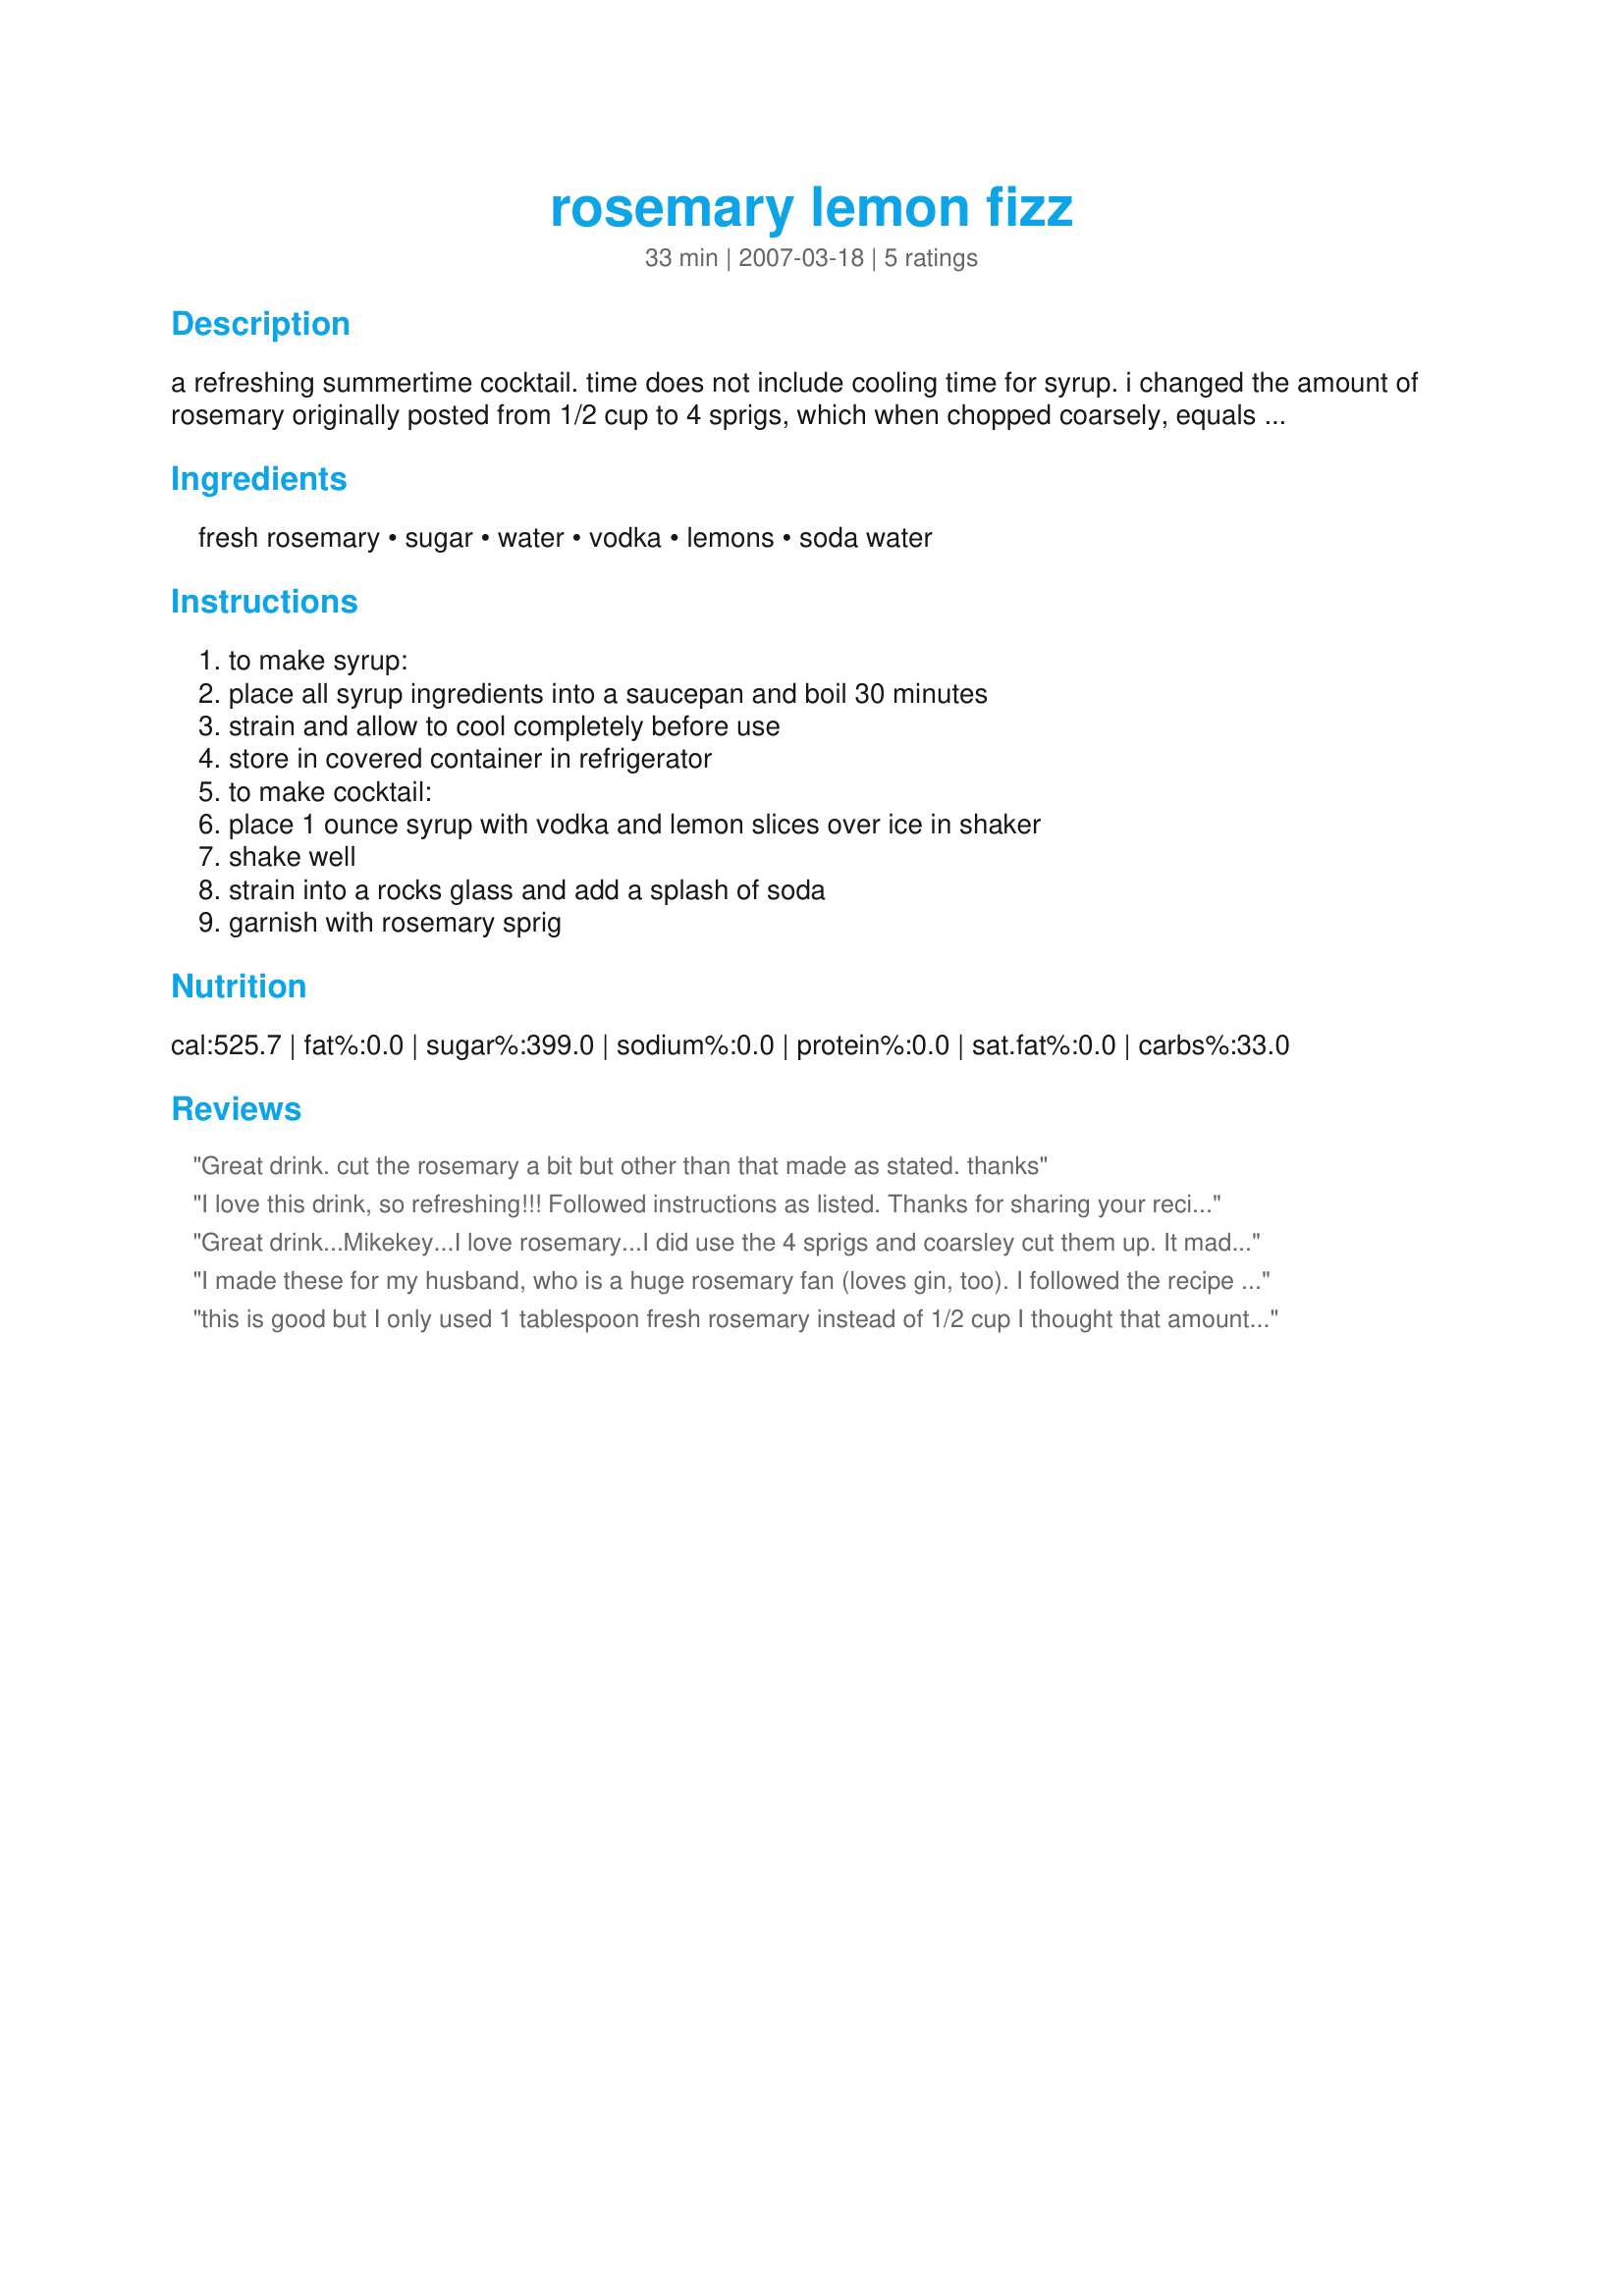
rosemary lemon fizz
Preparation time: 33 minutes

a refreshing summertime cocktail.

time does not include cooling time for syrup. i changed the amount of rosemary originally posted from 1/2 cup to 4 sprigs, which when chopped coarsely, equals about 1/2 cup, but i think others were chopping it too fine to fill the 1/2 cup, and that is why it was too strong. :)

Ingredients:
fresh rosemary, sugar, water, vodka, lemons, soda water

Steps:
to make syrup:, place all syrup ingredients into a saucepan and boil 30 minutes, strain and allow to cool completely before use, store in covered container in refrigerator, to make cocktail:, place 1 ounce syrup with vodka and lemon slices over ice in shaker, shake well, strain into a rocks glass and add a splash of soda, garnish with rosemary sprig

Reviews:
Great drink. cut the rosemary a bit but other than that made as stated. thanks
I love this drink, so refreshing!!! Followed instructions as listed. Thanks for sharing your recipe :)
Great drink...Mikekey...I love rosemary...I did use the 4 sprigs and coarsley cut them up. It made for a scary green colored sugar water. I learned a long time ago, don't judge a book by its cover...hence color...I used grey goose vodka in this cocktail, twas so smooth. This cocktail was incredible, after I added the small splash of soda water; what a difference it made, it mellowed the rosemary and left a slightly spicey flavor, not over powering at all. I enjoyed it very much and will make again. Thanks for sharing.
I made these for my husband, who is a huge rosemary fan (loves gin, too). I followed the recipe to the letter. Hubby's opinion: The rosemary was entirely too overwhelming. He could not finish the drink. I did show him the other review and he said that he imagined one Tbsp of fresh rosemary as opposed to 1/2 cup was probably the way to go, but I don't think we'll be making this again.
On a positive note, making the simple syrup made my house smell fantastic!
this is good but I only used 1 tablespoon fresh rosemary instead of 1/2 cup I thought that amount would be too much, thanks for sharing Mikekey!...Kitten:)
